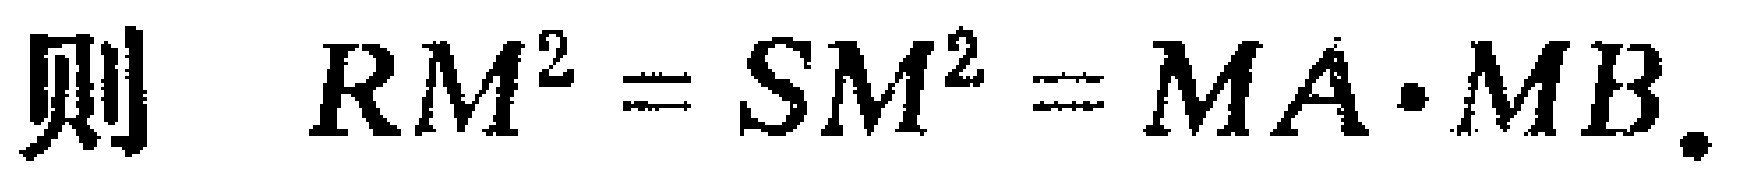
则 \(RM^{2}=SM^{2}=MA\cdot MB\).